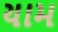
યામ